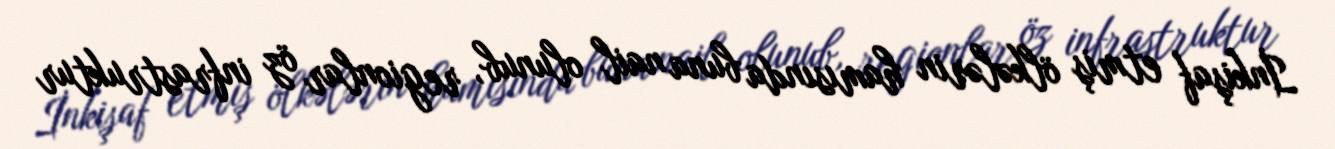
İnkişaf etmiş ölkələrin hamısında buna nail olunub, regionlar öz infrastruktur